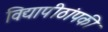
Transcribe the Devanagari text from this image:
विद्यापीठांपकी